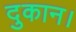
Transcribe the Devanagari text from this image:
दुकान।